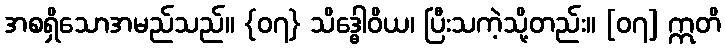
အစရှိသောအမည်သည်။ {၀၇} သိဒ္ဓေါဝိယ၊ ပြီးသကဲ့သို့တည်း။ [၀၇] ဣတိ